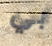
بي